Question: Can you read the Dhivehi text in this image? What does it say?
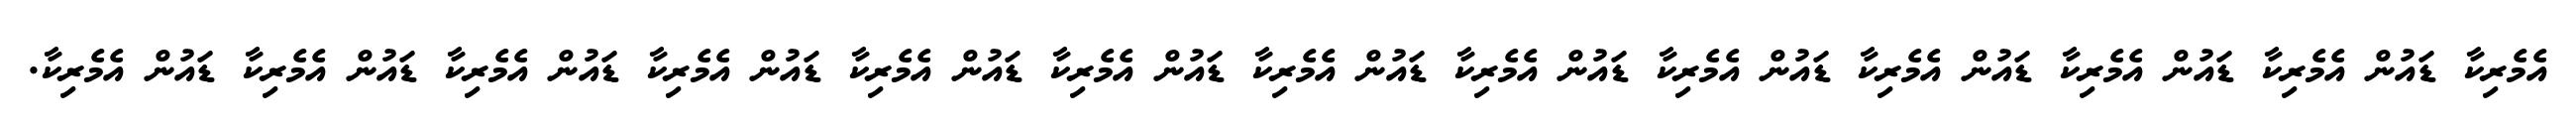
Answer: އެމެރިކާ ޑައުން އެމެރިކާ ޑައުން އެމެރިކާ ޑައުން އެމެރިކާ ޑައުން އެމެރިކާ ޑައުން އެމެރިކާ ޑައުން އެމެރިކާ ޑައުން އެމެރިކާ ޑައުން އެމެރިކާ ޑައުން އެމެރިކާ ޑައުން އެމެރިކާ ޑައުން އެމެރިކާ ޑައުން އެމެރިކާ.